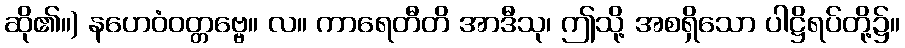
ဆို၏။) နဟေဝံဝတ္တဗ္ဗေ။ လ။ ကာရေတီတိ အာဒီသု၊ ဤသို့ အစရှိသော ပါဋ္ဌိရပ်တို့၌။